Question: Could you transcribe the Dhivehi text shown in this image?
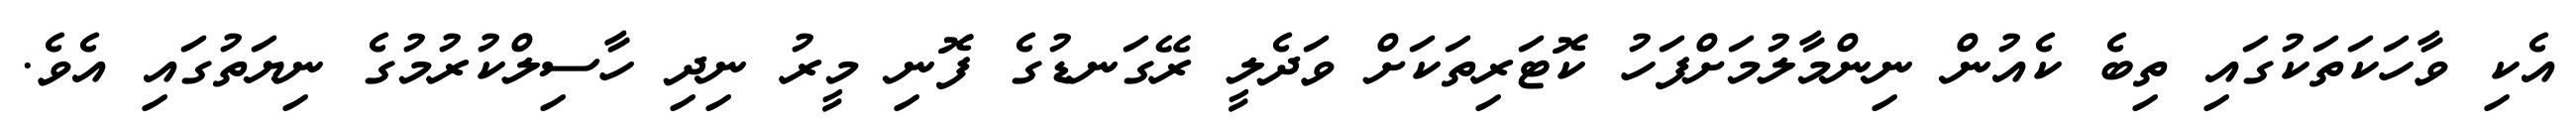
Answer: އެކި ވާހަކަތަކުގައި ތިބެ ކެއުން ނިންމާލުމަށްފަހު ކޮޓަރިތަކަށް ވަދެލީ ރޭގަނޑުގެ ފޮނި މީރު ނިދި ހާސިލްކުރުމުގެ ނިޔަތުގައި އެވެ.